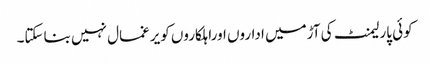
کوئی پارلیمنٹ کی آڑمیں اداروں اوراہلکاروں کویرغمال نہیں بناسکتا۔